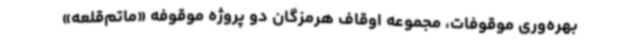
بهره‌وری موقوفات، مجموعه اوقاف هرمزگان دو پروژه موقوفه «ماتم‌قلعه»